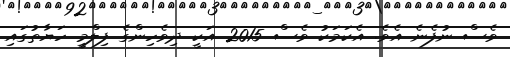
ވެސް ނުފެނެ އެވެ. އެކަމަކު ވެސް 2015 އަކީ ދިވެހިންގެ ފިލްމީ ހަޔާތުގައި